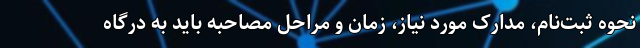
نحوه ثبت‌نام، مدارک مورد نیاز، زمان و مراحل مصاحبه باید به درگاه